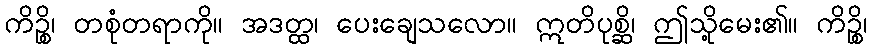
ကိဉ္စိ၊ တစုံတရာကို။ အဒတ္ထ၊ ပေးချေသလော။ ဣတိပုစ္ဆိ၊ ဤသို့မေး၏။ ကိဉ္စိ၊